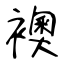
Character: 襖